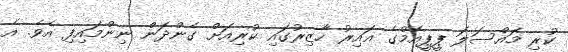
ކުރި މައްސަލަ ޕީޕީއެމްގެ ޣައިރު ހާޒިރުގައި ކުރިއަށް ގެންދަން ނިންމައިފި އެވެ. އެ